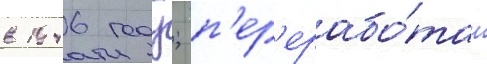
в 1946 году; п'ер'ерабо́тан